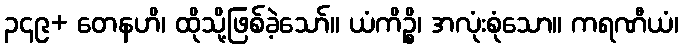
၃၄၉+ တေနဟိ၊ ထိုသို့ဖြစ်ခဲ့သော်။ ယံကိဉ္စိ၊ အလုံးစုံသော။ ကရဏီယံ၊